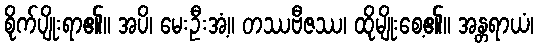
စိုက်ပျိုးရာ၏။ အပိ၊ မေးဦးအံ့။ တဿဗီဇဿ၊ ထိုမျိုးစေ့၏။ အန္တရာယံ၊